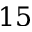
1 5